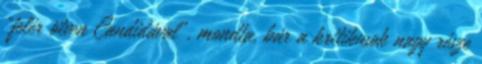
"felér ötven Candidával", mondta, bár a kritikusok nagy része